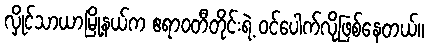
လှိုင်သာယာမြို့နယ်က ဧရာဝတီတိုင်းရဲ့ ဝင်ပေါက်လိုဖြစ်နေတယ်။